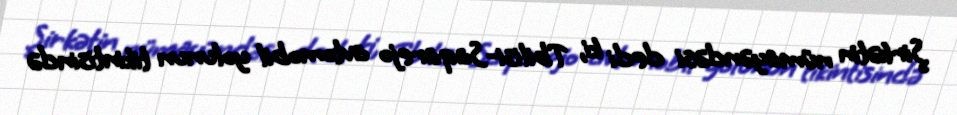
Şirkətin nümayəndəsi dedi ki, Tbilisi-Saqarejo avtomobil yolunun tikintisində